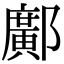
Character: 鄺